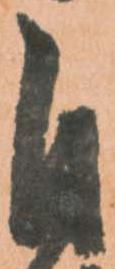
自